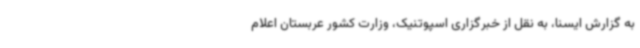
به گزارش ایسنا، به نقل از خبرگزاری اسپوتنیک، وزارت کشور عربستان اعلام